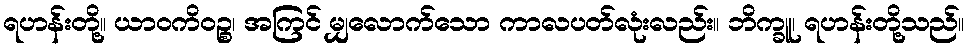
ရဟန်းတို့။ ယာဝကိဝဉ္စ၊ အကြင် မျှလောက်သော ကာလပတ်လုံးလည်း။ ဘိက္ခူ၊ ရဟန်းတို့သည်။